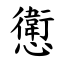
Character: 㦣